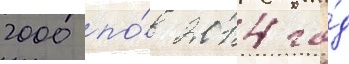
2000 по́ 2014 го́д